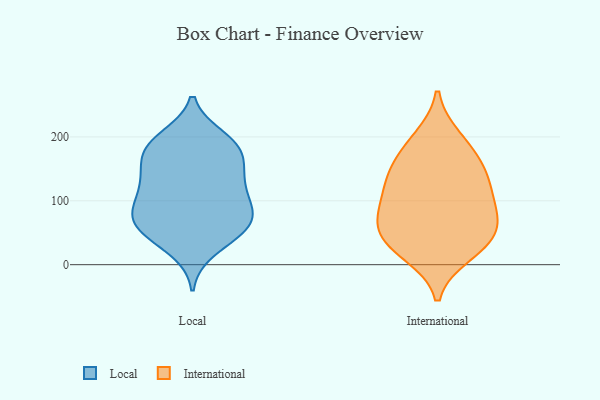
{"axis": {"x": "Population (Million)", "y": "Value"}, "legend": ["International", "Local"], "data": [{"x": "", "y": 136, "type": "Local"}, {"x": "", "y": 116, "type": "Local"}, {"x": "", "y": 198, "type": "Local"}, {"x": "", "y": 24, "type": "Local"}, {"x": "", "y": 144, "type": "Local"}, {"x": "", "y": 184, "type": "Local"}, {"x": "", "y": 69, "type": "Local"}, {"x": "", "y": 185, "type": "Local"}, {"x": "", "y": 182, "type": "Local"}, {"x": "", "y": 94, "type": "Local"}, {"x": "", "y": 63, "type": "Local"}, {"x": "", "y": 190, "type": "Local"}, {"x": "", "y": 73, "type": "Local"}, {"x": "", "y": 46, "type": "Local"}, {"x": "", "y": 99, "type": "Local"}, {"x": "", "y": 135, "type": "Local"}, {"x": "", "y": 91, "type": "Local"}, {"x": "", "y": 157, "type": "Local"}, {"x": "", "y": 60, "type": "Local"}, {"x": "", "y": 52, "type": "Local"}, {"x": "", "y": 181, "type": "International"}, {"x": "", "y": 34, "type": "International"}, {"x": "", "y": 71, "type": "International"}, {"x": "", "y": 110, "type": "International"}, {"x": "", "y": 79, "type": "International"}, {"x": "", "y": 197, "type": "International"}, {"x": "", "y": 44, "type": "International"}, {"x": "", "y": 134, "type": "International"}, {"x": "", "y": 136, "type": "International"}, {"x": "", "y": 18, "type": "International"}, {"x": "", "y": 85, "type": "International"}, {"x": "", "y": 152, "type": "International"}, {"x": "", "y": 38, "type": "International"}]}